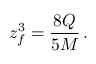
z _ { f } ^ { 3 } = { \frac { 8 Q } { 5 M } } \, .